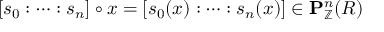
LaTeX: [ s _ { 0 } : \cdots : s _ { n } ] \circ x = [ s _ { 0 } ( x ) : \cdots : s _ { n } ( x ) ] \in \mathbf { P } _ { \mathbb { Z } } ^ { n } ( R )